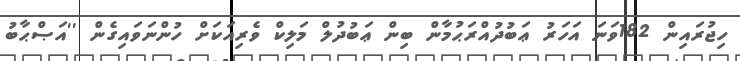
ހިޖުރައިން 182ވަނަ އަހަރު ޢަބުދުއްރަޙުމާން ބިން ޢަބުދުލް މަލިކް ވެރިއަކަށް ހުންނަވައިގެން ''އަޞްޙާބު